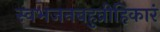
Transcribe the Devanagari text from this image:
स्वभजनबहुव्रीहिकारं